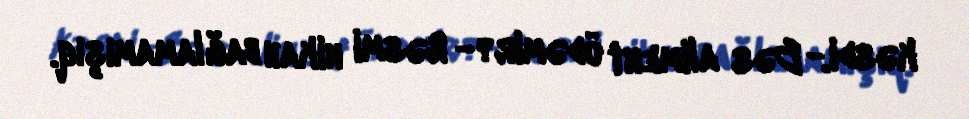
kəsdi.- Bəs aliment ödəmir?- Rəsmi nikah bağlamamışıq.